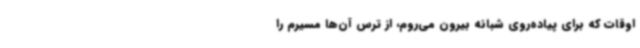
اوقات که برای پیاده‌روی شبانه بیرون می‌روم، از ترس آن‌ها مسیرم را